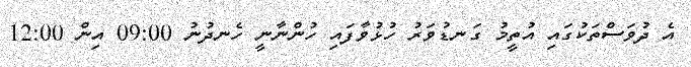
އެ ދުވަސްތަކުގައި އުތީމު ގަނޑުވަރު ހުޅުވާފައި ހުންނާނީ ހެނދުނު 09:00 އިން 12:00